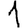
Digit: 1